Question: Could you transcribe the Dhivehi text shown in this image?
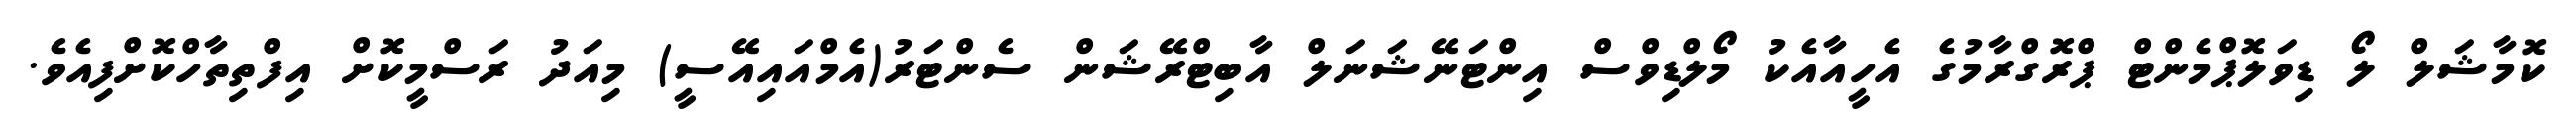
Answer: ކޮމާޝަލް ލޯ ޑިވަލޮޕްމެންޓް ޕްރޮގްރާމުގެ އެހީއާއެކު މޯލްޑިވްސް އިންޓަނޭޝަނަލް އާބިޓްރޭޝަން ސެންޓަރު(އެމްއައިއޭސީ) މިއަދު ރަސްމީކޮށް އިފްތިތާހްކޮށްފިއެވެ.